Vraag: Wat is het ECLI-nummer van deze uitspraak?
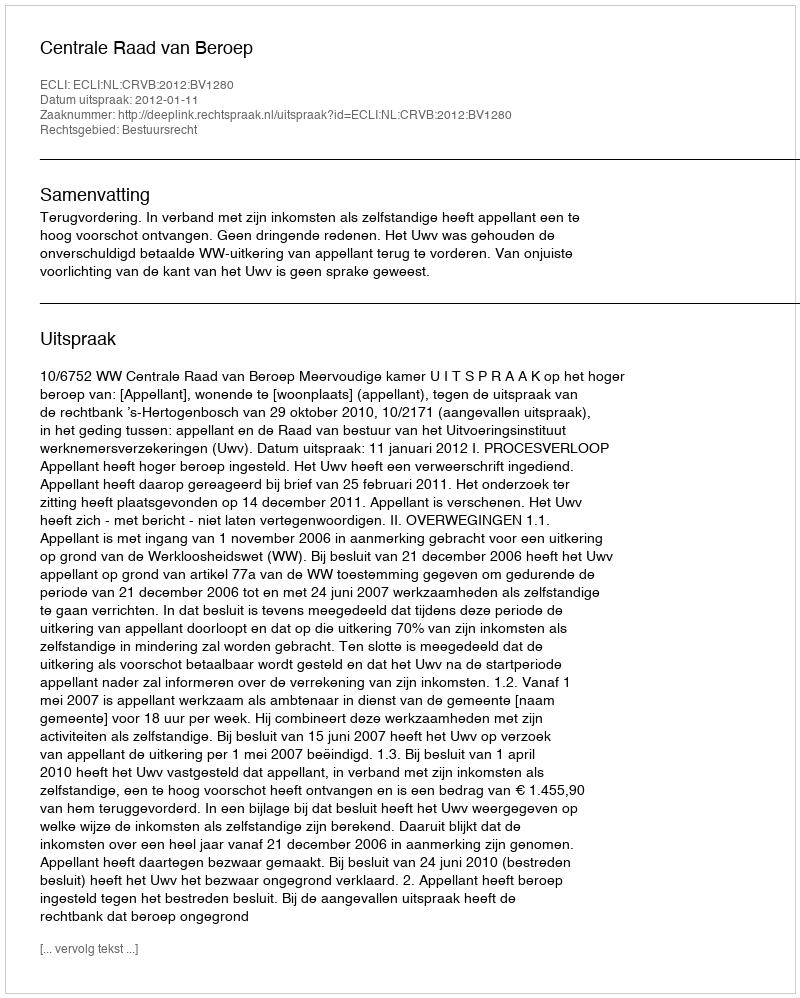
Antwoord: ECLI:NL:CRVB:2012:BV1280